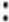
: